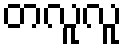
တလူလူ